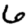
Digit: 6